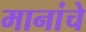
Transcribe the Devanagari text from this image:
मानांचे